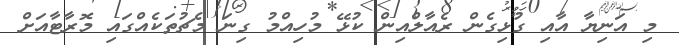
މި އަނިޔާ އާއި ގުޅިގެން ރެއާލްއިން ކުޅޭ މުހިއްމު ގިނަ މެޗުތަކެއްގައި މޮރާޓާއަށް